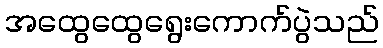
အထွေထွေရွေးကောက်ပွဲသည်